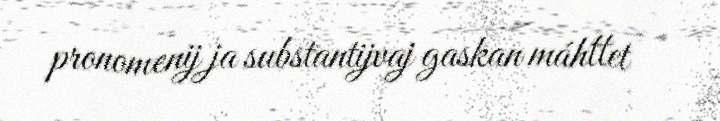
pronomenij ja substantijvaj gaskan máhttet